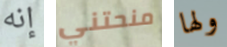
إنه منحتني ولها